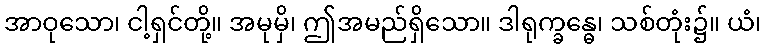
အာဝုသော၊ ငါ့ရှင်တို့။ အမုမှိ၊ ဤအမည်ရှိသော။ ဒါရုက္ခန္ဓေ၊ သစ်တုံး၌။ ယံ၊